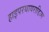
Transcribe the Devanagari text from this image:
हाइपरथायराडिज्म